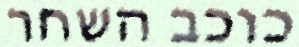
כוכב השחר